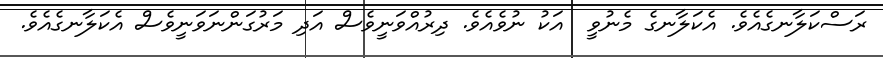
ރަސްކަލާނގެއެވެ. އެކަލާނގެ މެނުވީ  އަކު ނުވެއެވެ. ދިރުއްވަނީވެސް އަދި މަރުގަންނަވަނީވެސް އެކަލާނގެއެވެ.